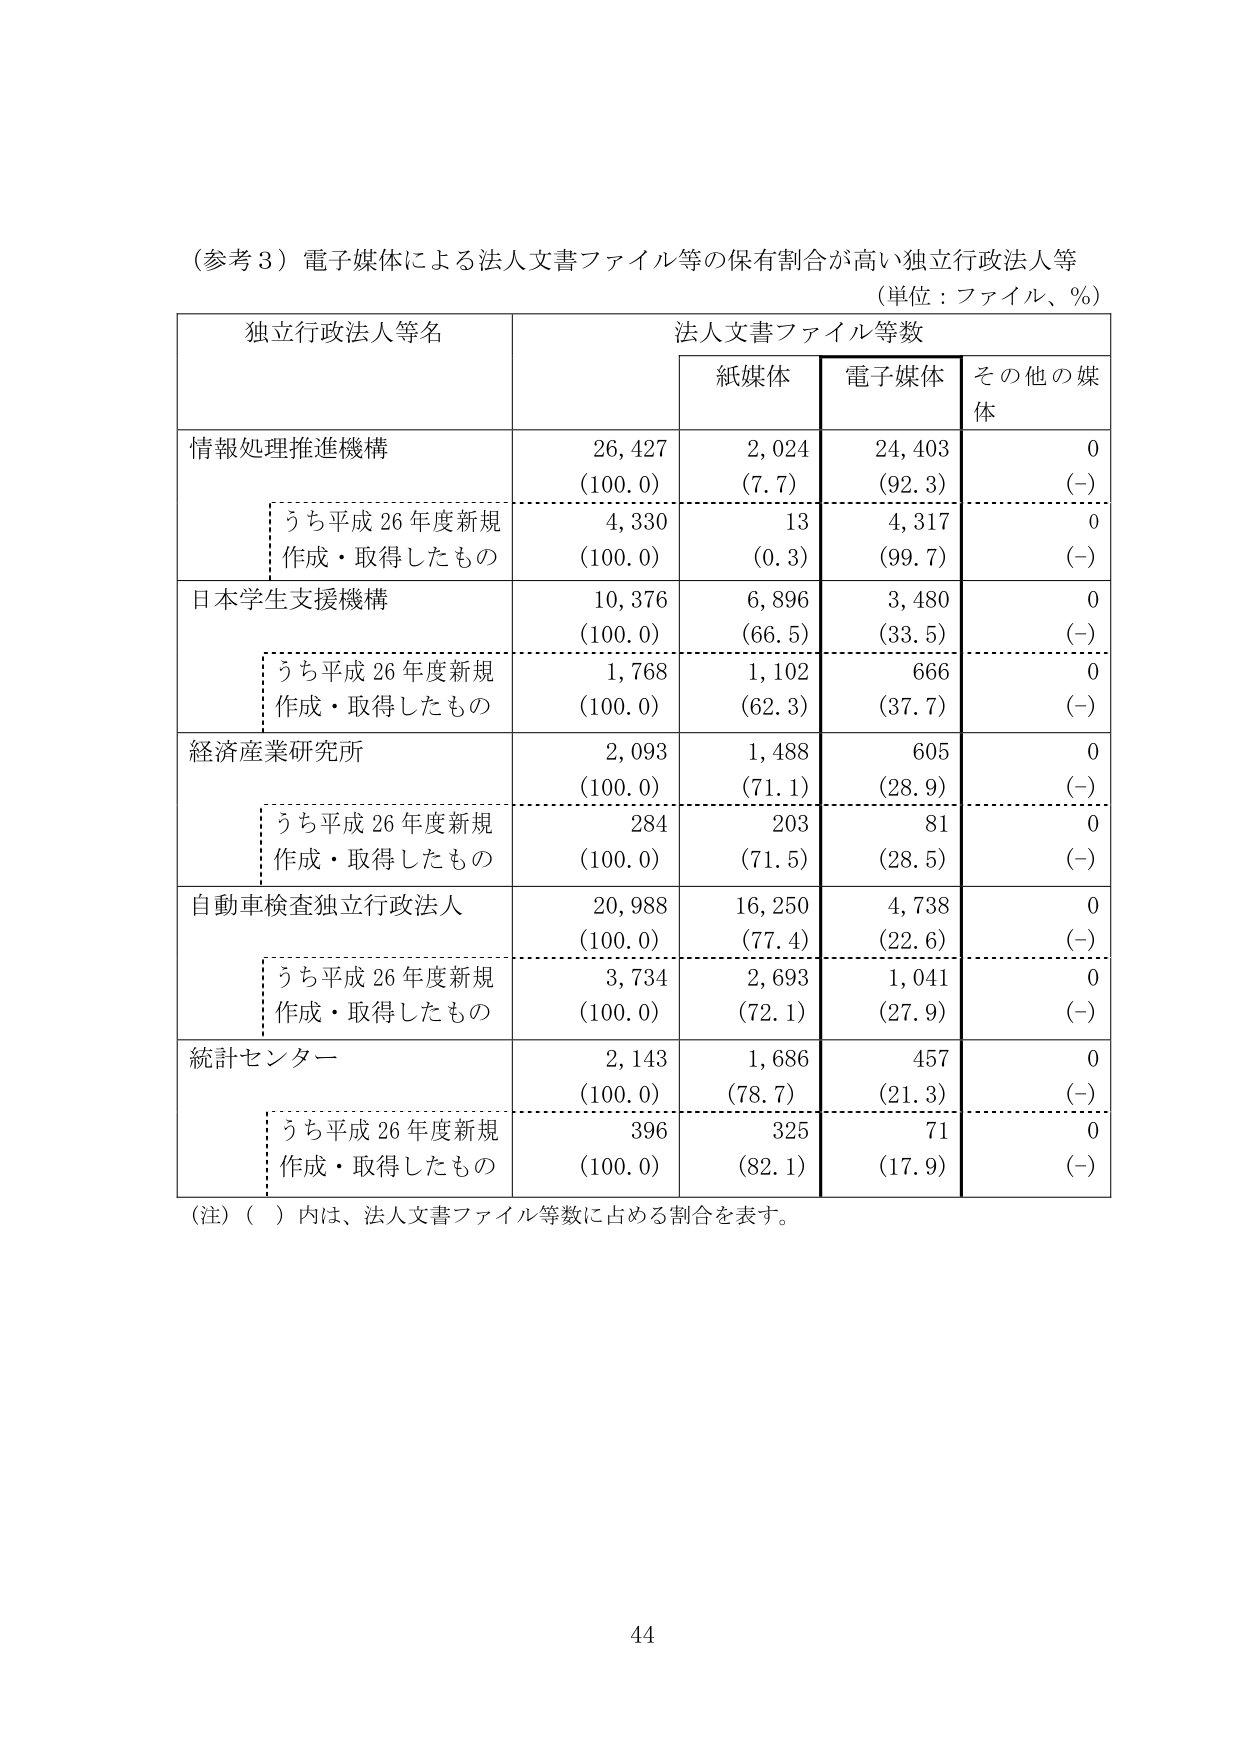
（参考３）電子媒体による法人文書ファイル等の保有割合が高い独立行政法人等
（単位：ファイル、％）

独立行政法人等名